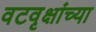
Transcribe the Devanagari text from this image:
वटवृक्षांच्या